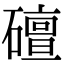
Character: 䃪